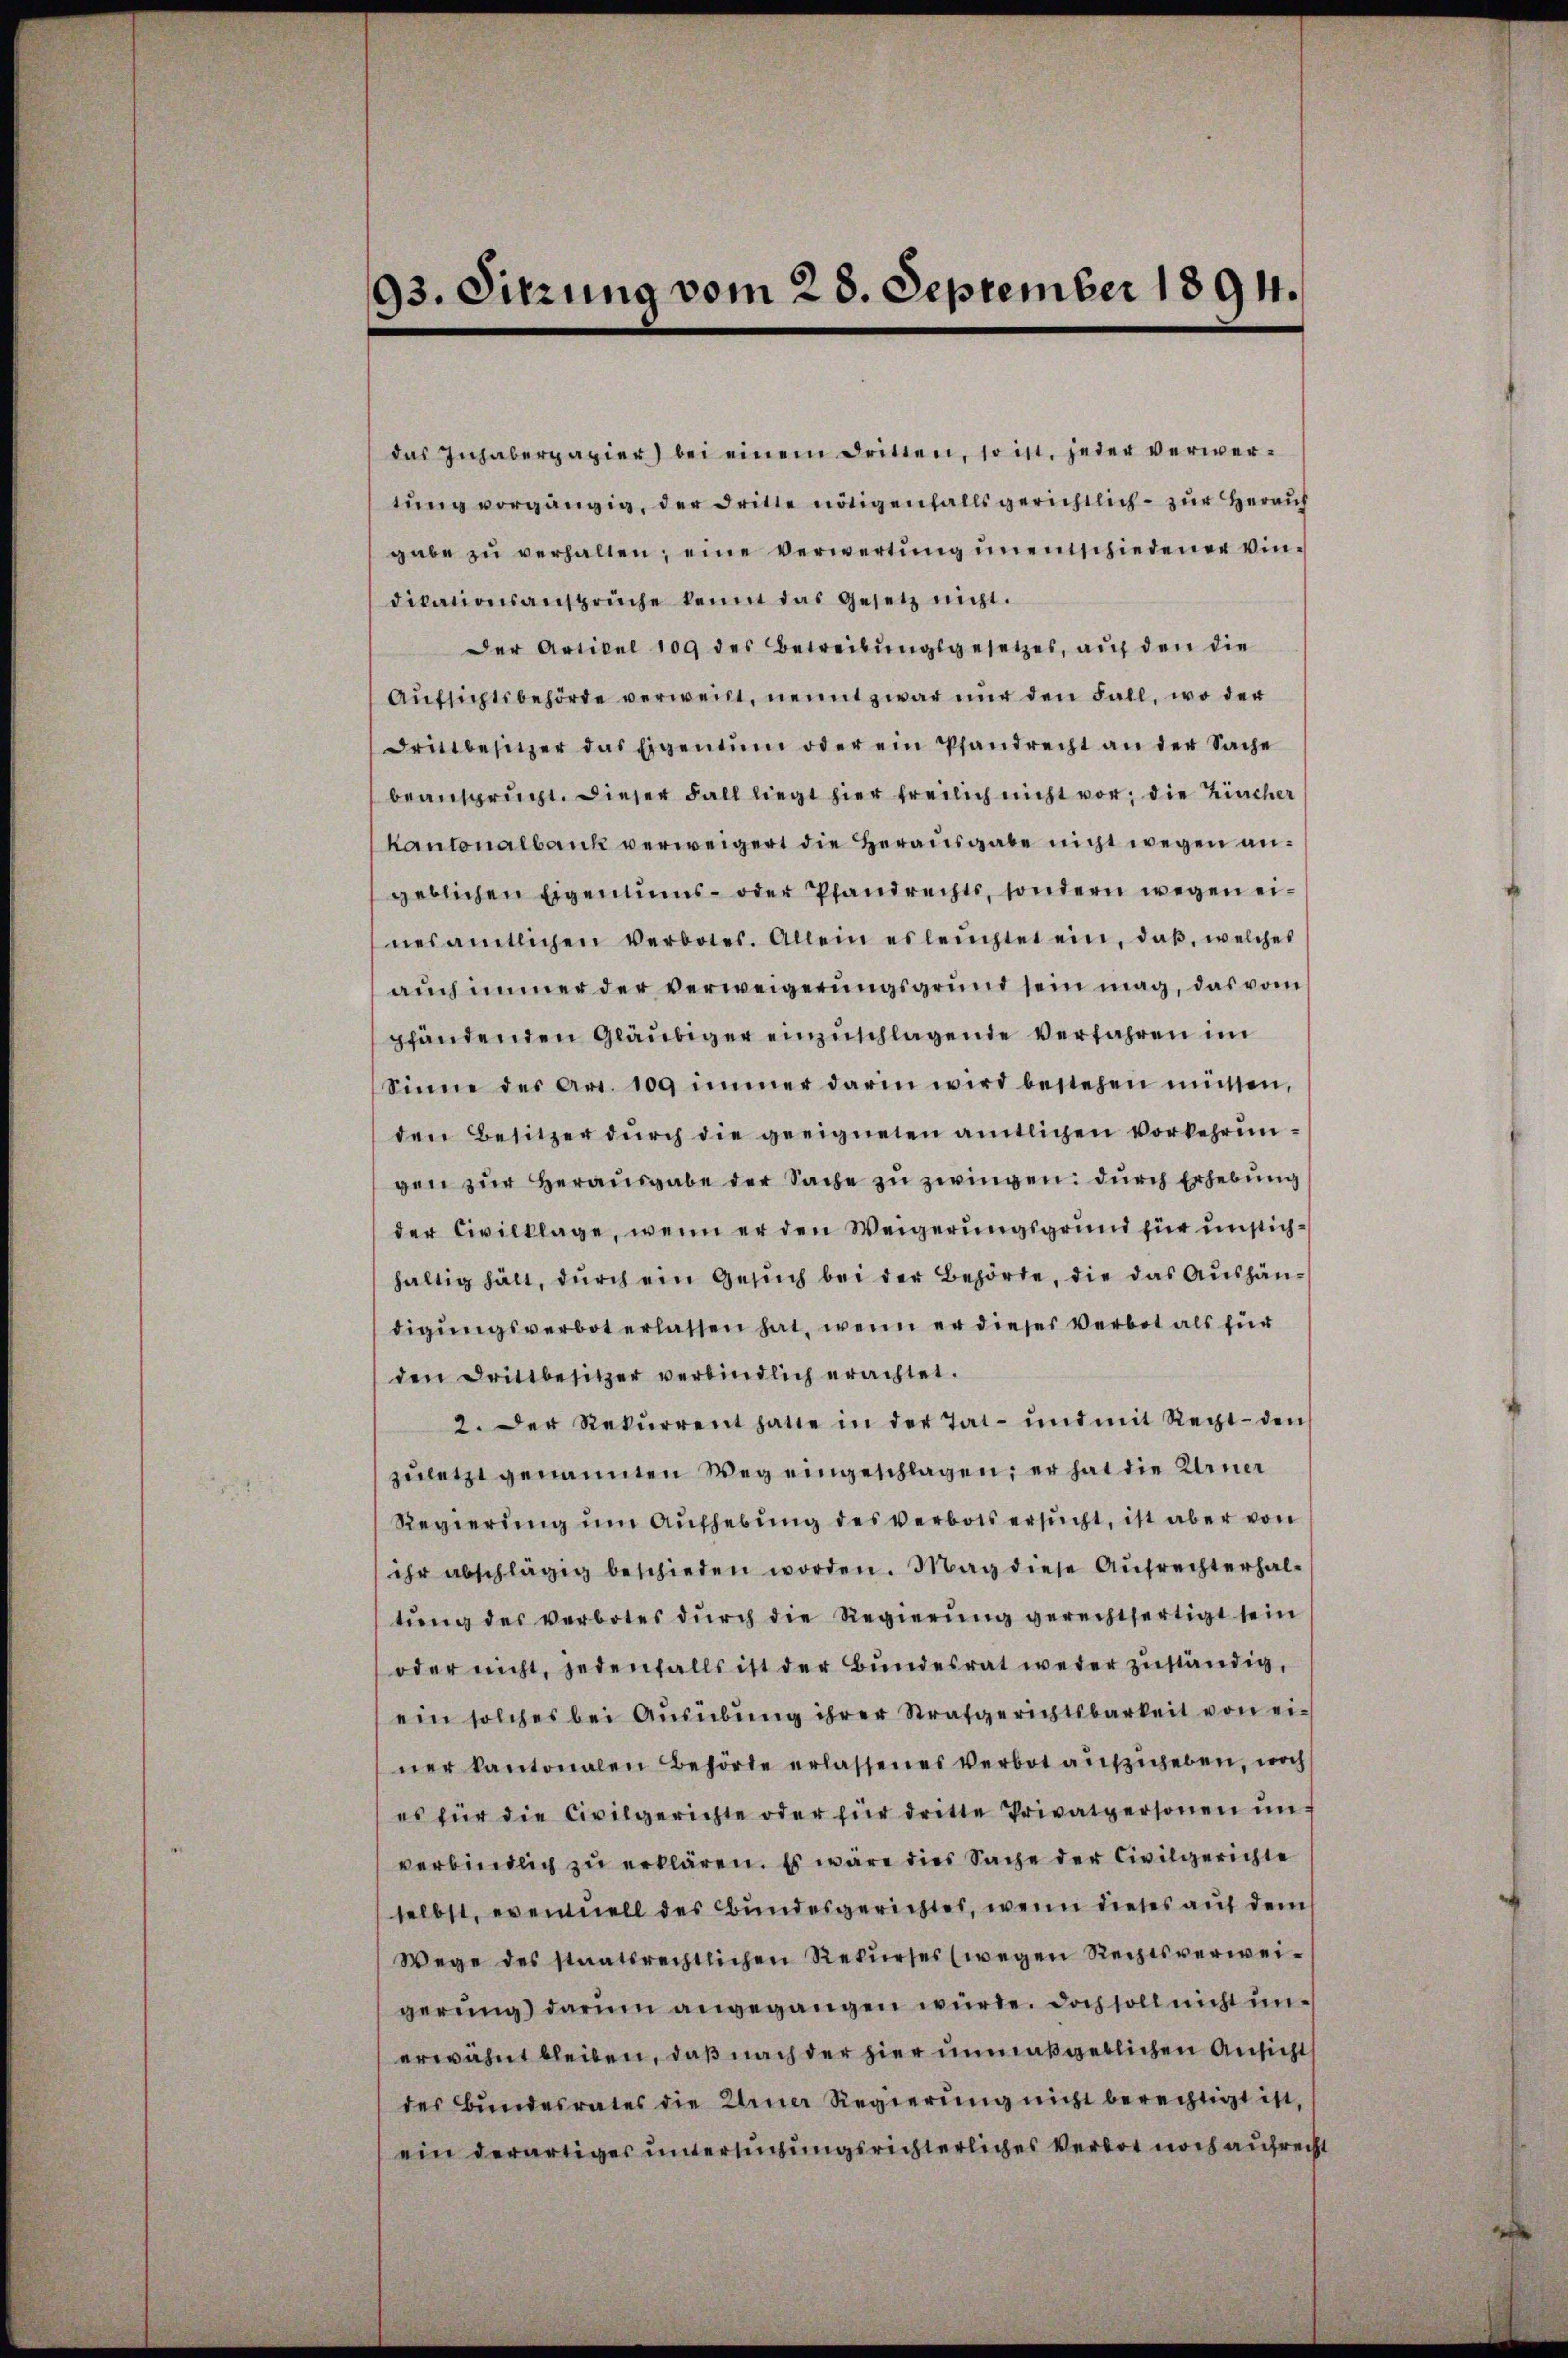
93. Sitzung vom 28. September 1894.

das Inhaberpapier) bei einem dritten, so ist jeder verwertŭng vorgängig, der dritte nötigenfalls gerichtlich – zur Herauf
gabe zŭ verhalten; eine verwertung unentschiedener Vindikationsansprüche kennt das Gesetz nicht.
Der Artikel 109 des Betreibungsgesetzes, auf den die
Aufsichtsbehörde verweist, nennt zwar nur den Fall, wo der
drikbesitzer das Eigentum oder ein Pfandrecht an der Sache
beansprucht. Dieser Fall liegt hier freilich nicht vor; die Kircher
Kantonalbank verweigert die Herausgabe nicht wegen angeblichen Eigentums- oder Pfandrechts, sondern wegen einesamtlichen Verbotes. Allein es leichtet ein, daβ, welches
auch immer der verweigerungsgrund sein mag, das vom
pfändenden Gläubiger einzuschlagende Verfahren im
Sinne des Art. 109 immer darin wird bestehen müssen,
den Besitzer durch die geeigneten amtlichen Vorkehrungen zur Herausgabe der Sache zu zwingen: durch Erhebung
der Civilklage, wenn er den Weigerungsgrund für unstichhaltig hält, durch ein Gesuch bei der Behörde, die das Aushändigungsverbot erlassen hat, wenn er dieses Verbot als für
den Drittbesitzer verbindlich erachtet.
2. Der Rekŭrrent hatte in der Tat- und mit Recht den
zuletzt genannten Weg eingeschlagen; er hat die Urner
Regierung um Aufhebung des verbots ersucht, ist aber von
ihr abschlägig beschieden worden. Mag diese Aufrechterhaltŭng des verbotes dŭrch die Regierŭng gerechtfertigt sein
oder nicht, jedenfalls ist der Bundesrat weder zuständig,
ein solches bei Ausübung ihrer Strafgerichtsbarkeit von einer kantonalen Behörde erlassenes Verbot aufzuheben, noch
es für die Civilgerichte oder für dritte Privatpersonen ŭn-
verbindlich zu erklären. Es wäre dies Sache der Civilgerichte
selbst, eventuell des Bundesgerichtes, wenn dieses auf dem
Wege des staatsrechtlichen Rekŭrses (wegen Rechtsverweigerung darum angegangen würde. Doch soll nicht unerwähnt bleiben, daß nach der hier unmaßgeblichen Ansicht
des Bundesrates die Urner Regierung nicht berechtigt ist,
ein derartiges untersuchungsrichterliches Verbot noch aufrecht